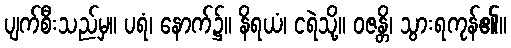
ပျက်စီးသည်မှ။ ပရံ၊ နောက်၌။ နိရယံ၊ ငရဲသို့။ ဝဇန္တိ၊ သွားရကုန်၏။